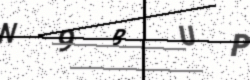
Text: N9BUP